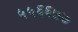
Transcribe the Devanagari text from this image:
५५६६७७